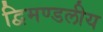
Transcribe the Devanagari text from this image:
द्विमण्डलीय